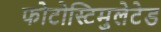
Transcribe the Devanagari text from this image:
फोटोस्टिमुलेटेड